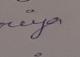
Signature authenticity: genuine